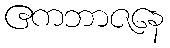
ဧကဘာဇနေ